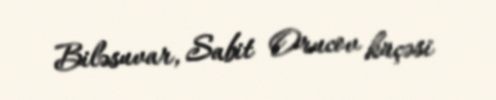
Biləsuvar, Sabit Orucov küçəsi